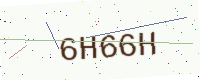
Text: 6H66H